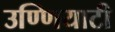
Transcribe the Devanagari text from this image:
उण्णियाटी